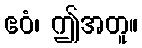
ဧဝံ၊ ဤအတူ။